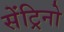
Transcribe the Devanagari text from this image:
सेंट्रिनो